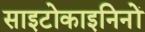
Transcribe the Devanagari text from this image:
साइटोकाइनिनों